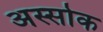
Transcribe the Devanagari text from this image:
अस्सोक